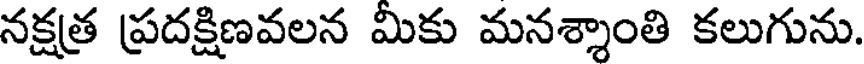
నక్షత్ర ప్రదక్షిణవలన మికు మనశ్శాంతి కలుగును.